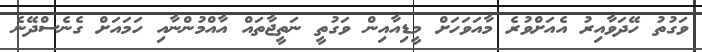
ވަގުތު ހޭދަވާއިރު އެއަށްވުރެ މާއަވަހަށް މީޑިއާއިން ވަގުތީ ނަތީޖާތައް އާއްމުންނާއި ހަމައަށް ގެނެސްދޭނެ